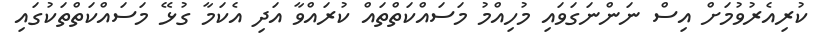
ކުރިއެރުވުމަށް އިސް ނަންނަގަވައި މުހިއްމު މަސައްކަތްތައް ކުރައްވާ އަދި އެކަމާ ގުޅޭ މަސައްކަތްތަކުގައި